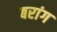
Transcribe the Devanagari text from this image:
बरांग